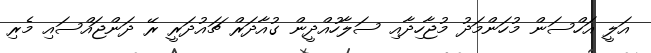
އަލީ އަހްސަން މުހަންމަދު މުޖާހިދާއި ސަލާހުއްދީން ގުއާދަރް ޗައުދަރީ ރޭ ދަންޖައްސައި މެރި